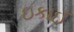
ઇકાઈ